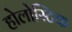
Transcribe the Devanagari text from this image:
होलोस्टिक